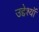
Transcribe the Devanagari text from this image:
उद्देश्यॉ